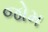
જોમ